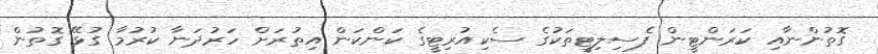
ގޮތުންނާއި ކަރަންޓީން ފެސިލިޓީތަކުގެ ސެކިއުރިޓީގެ ކަންކަން އިތުރަށް ހަރުދަނާ ކުރުމާ ގުޅޭ ގޮތުން